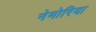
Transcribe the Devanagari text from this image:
नेमोरिया